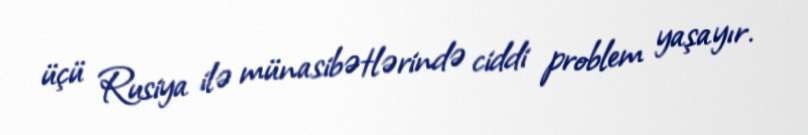
üçü Rusiya ilə münasibətlərində ciddi problem yaşayır.